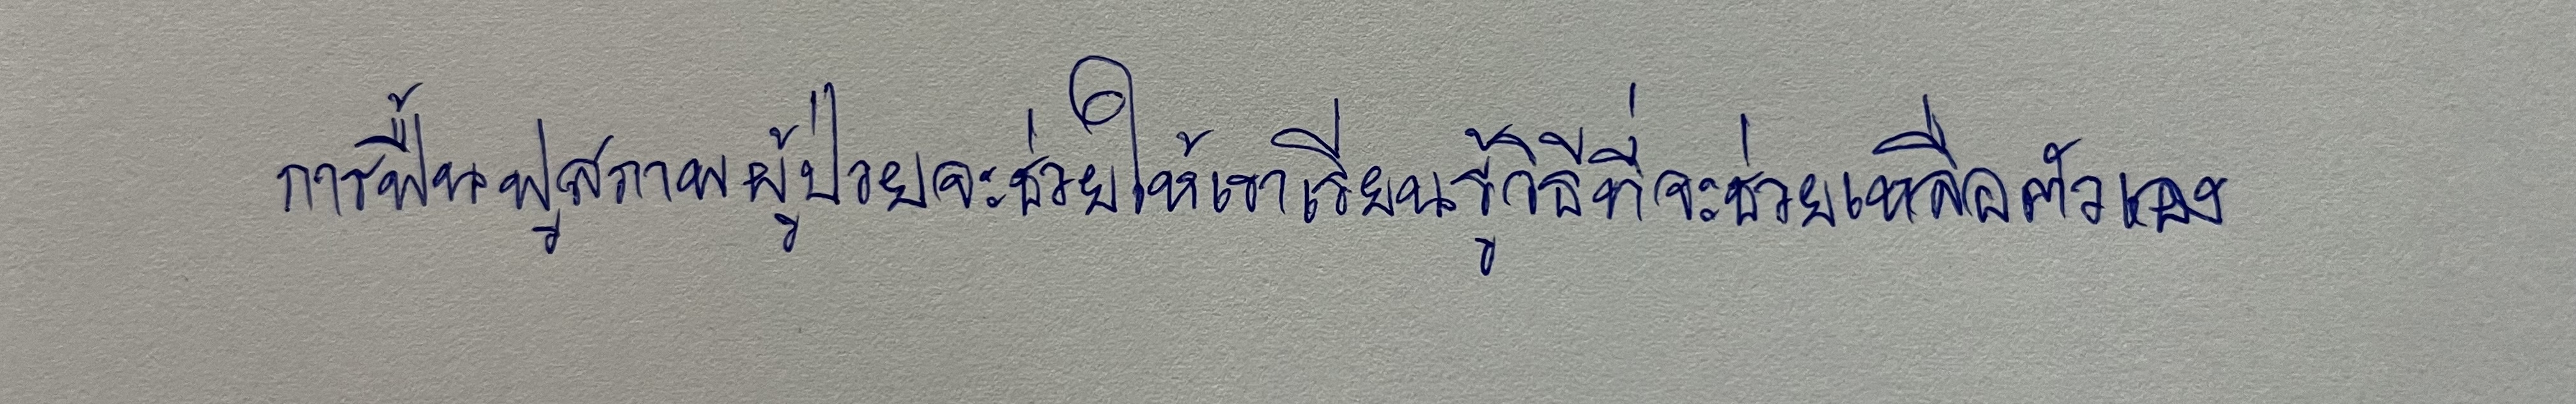
การฟื้นฟูสภาพผู้ป่วยจะช่วยให้เขาเรียนรู้วิธีที่จะช่วยเหลือตัวเอง